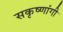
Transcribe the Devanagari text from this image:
सकृष्णांगी